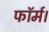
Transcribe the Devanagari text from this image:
फॉर्म।